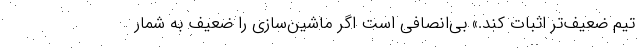
تیم ضعیف‌تر اثبات کند.» بی‌انصافی است اگر ماشین‌سازی را ضعیف به شمار